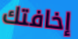
إخافتك